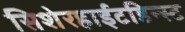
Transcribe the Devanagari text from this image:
सिशेरहाईटडिन्स्ट